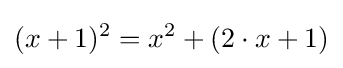
(x+1)^{2}=x^{2}+(2\cdot x+1)